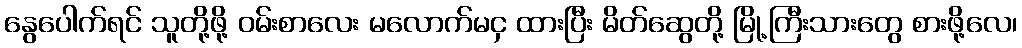
နွေပေါက်ရင် သူတို့ဖို့ ဝမ်းစာလေး မလောက်မငှ ထားပြီး မိတ်ဆွေတို့ မြို့ကြီးသားတွေ စားဖို့လေ၊